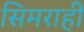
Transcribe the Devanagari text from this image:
सिमराही